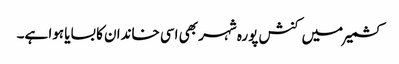
کشمیر میں کنش پورہ شہر بھی اسی خاندان کا بسایا ہوا ہے۔